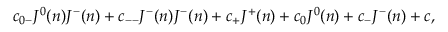
c _ { 0 - } J ^ { 0 } ( n ) J ^ { - } ( n ) + c _ { -- } J ^ { - } ( n ) J ^ { - } ( n ) + c _ { + } J ^ { + } ( n ) + c _ { 0 } J ^ { 0 } ( n ) + c _ { - } J ^ { - } ( n ) + c ,